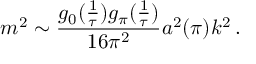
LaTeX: m ^ { 2 } \sim \frac { g _ { 0 } ( \frac { 1 } { \tau } ) g _ { \pi } ( \frac { 1 } { \tau } ) } { 1 6 \pi ^ { 2 } } a ^ { 2 } ( \pi ) k ^ { 2 } \, .